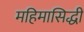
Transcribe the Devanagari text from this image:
महिमासिद्धी